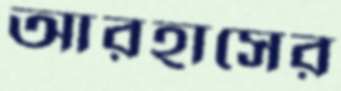
আরহাসের